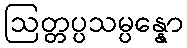
ဩတ္တပ္ပသမ္ပန္နော